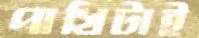
পাখিটাই